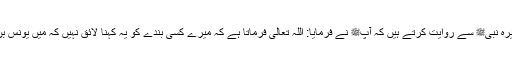
1617: سیدنا ابو ہریرہؓ نبیﷺ سے روایت کرتے ہیں کہ آپﷺ نے فرمایا: اللہ تعالیٰ فرماتا ہے کہ میرے کسی بندے کو یہ کہنا لائق نہیں کہ میں یونس بن متی سے بہتر ہوں۔